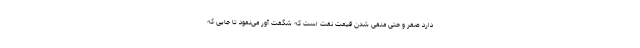
دارد صفر و حتی منفی شدن قیمت نفت است که شگفت آور می‌نمود تا جایی که